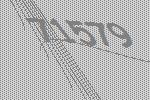
71579